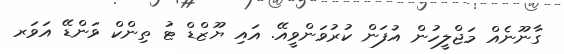
ގާނޫނެއް މަޖްލީހުން އުފަން ކުރުވަންވީއޭ. އައި ޔޫޒްޑް ޓު ތިންކް ވަންޑޭ އަވަރ